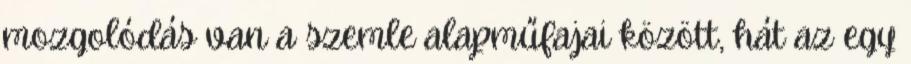
mozgolódás van a szemle alapműfajai között, hát az egy